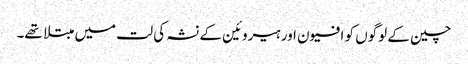
چین کے لوگوں کو افیون اور ہیروئین کے نشہ کی لت میں مبتلا تھے۔